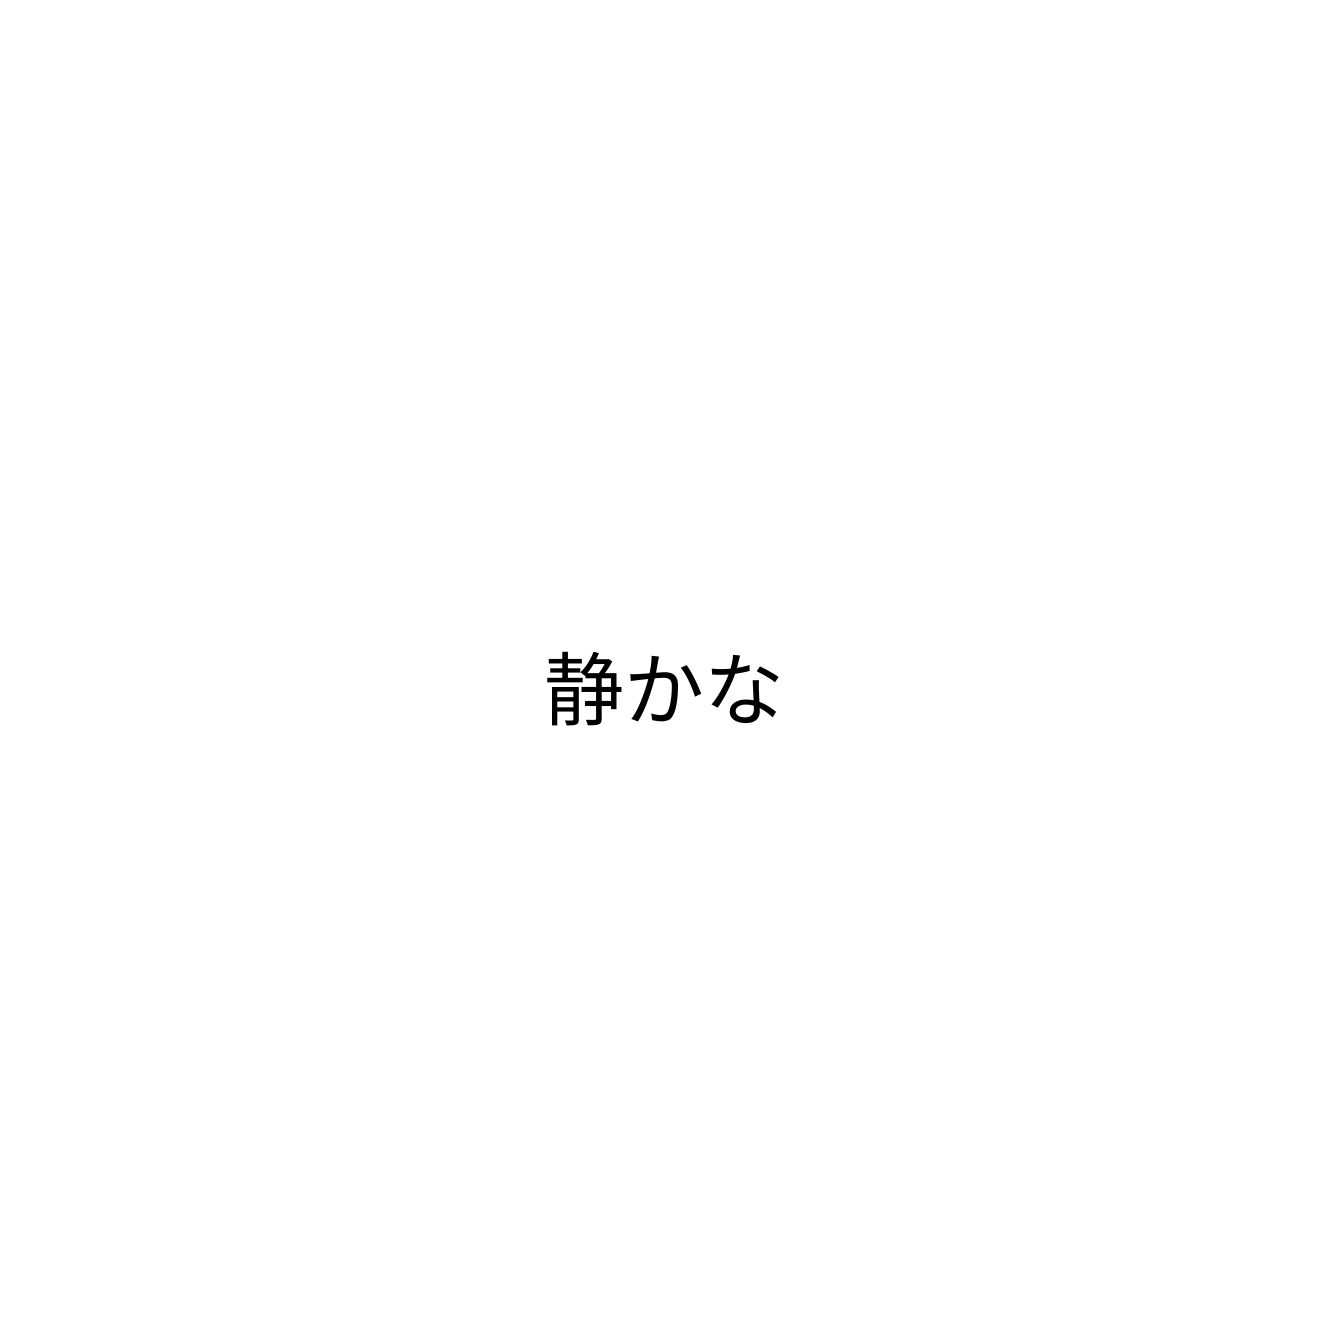
静かな